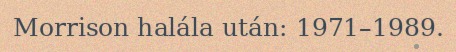
Morrison halála után: 1971–1989.